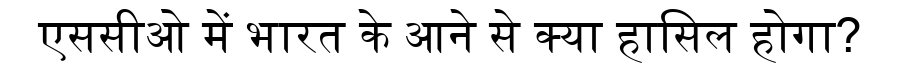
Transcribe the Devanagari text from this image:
एससीओ में भारत के आने से क्या हासिल होगा?